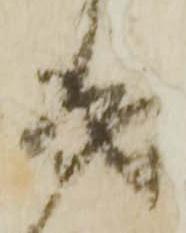
成